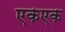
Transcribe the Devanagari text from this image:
एकएक